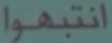
انتبهوا